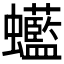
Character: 𧕭